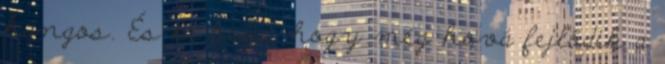
hangos. És ki tudja, hogy még hová fejlődik a